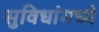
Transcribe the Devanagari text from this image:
सुविधांमध्ये